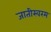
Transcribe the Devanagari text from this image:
जातीस्वरम